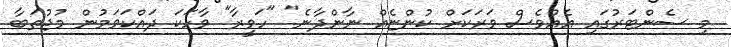
މި ސެންޓަރުގައި އެއްވެސް ވަރަކަށް ކުންޏެއް ނާންދާނެ" "ހަވީރާ" ވާހަކަ ދައްކަވަމުން މުޖުތަބާ